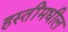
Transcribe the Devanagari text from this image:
हस्तींमधील